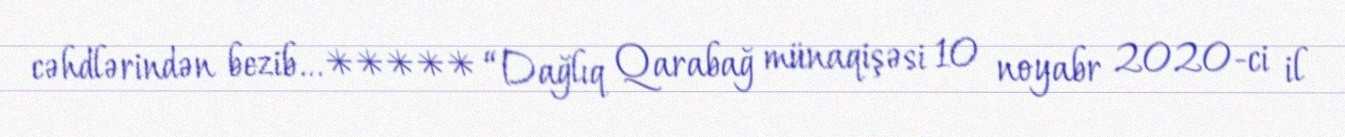
cəhdlərindən bezib... ***** “Dağlıq Qarabağ münaqişəsi 10 noyabr 2020-ci il